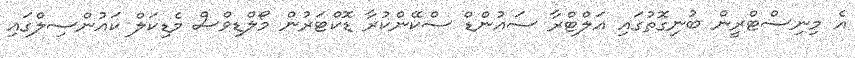
އެ މިނިސްޓްރީން ބުނިގޮތުގައި އަލްޓްރާ ސައުންޑް ސްކޭންކުރާ ޑޮކްޓަރުން މޯލްޑިވްސް މެޑިކަލް ކައުންސިލްގައި